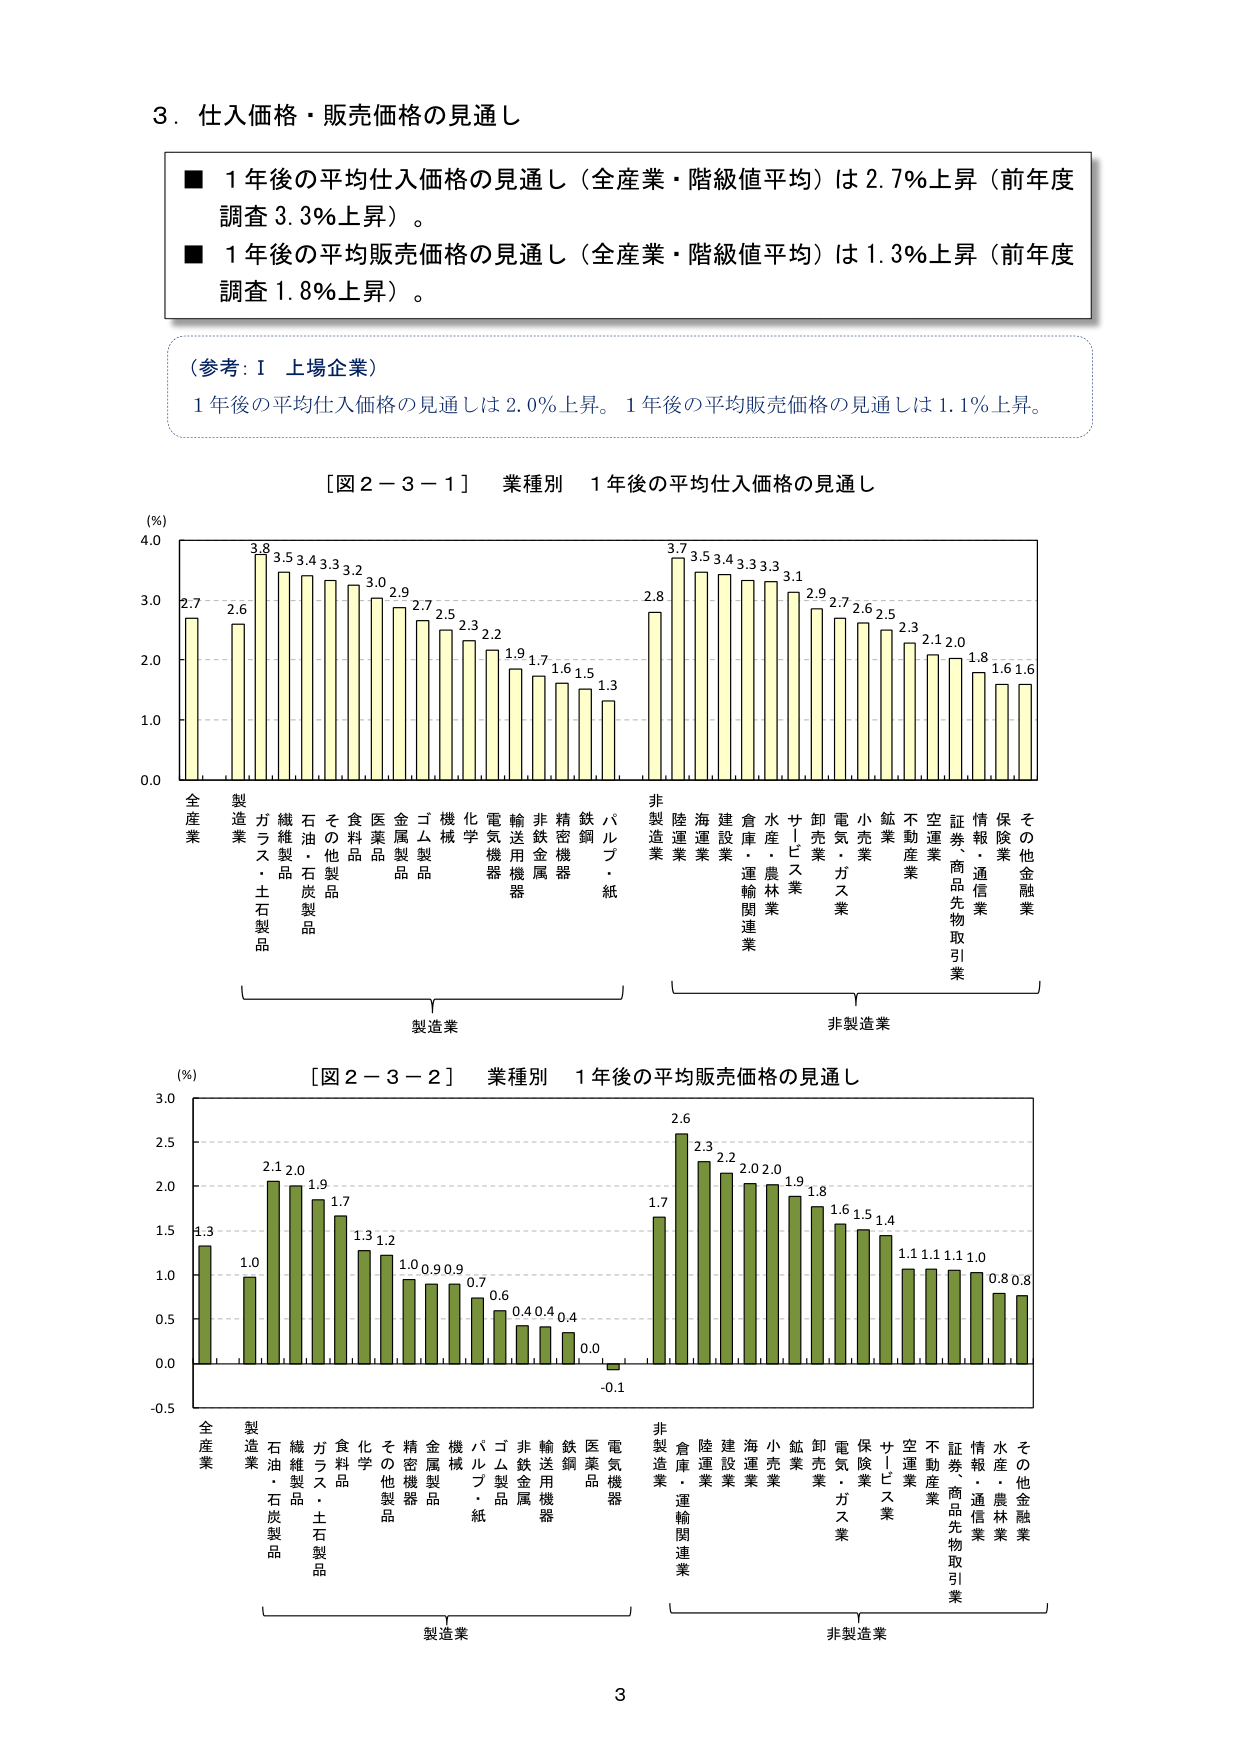
3．仕入価格・販売価格の見通し

■ 1年後の平均仕入価格の見通し（全産業・階級値平均）は2.7％上昇（前年度調査3.3％上昇）。
■ 1年後の平均販売価格の見通し（全産業・階級値平均）は1.3％上昇（前年度調査1.8％上昇）。

（参考：Ⅰ 上場企業）
1年後の平均仕入価格の見通しは2.0％上昇。1年後の平均販売価格の見通しは1.1％上昇。

［図2－3－1］ 業種別 1年後の平均仕入価格の見通し
(％)
4.0
3.8 3.5 3.4 3.3 3.2 3.0 2.9 2.7 2.5 2.3 2.2 1.9 1.7 1.6 1.5 1.3
2.7 2.6
3.7 3.5 3.4 3.3 3.3 3.1 2.9 2.7 2.6 2.5 2.3 2.1 2.0 1.8 1.6 1.6
2.8
0.0
1.0
2.0
3.0
全産業
製造業
ガラス・土石製品
繊維製品
石油・石炭製品
その他製品
食料品
医薬品
金属製品
ゴム製品
機械
化学
電気機器
輸送用機器
非鉄金属
精密機器
鉄鋼
パルプ・紙
非製造業
陸運業
海運業
建設業
倉庫・運輸関連業
水産・農林業
サービス業
卸売業
電気・ガス業
小売業
鉱業
不動産業
空運業
証券、商品先物取引業
情報・通信業
保険業
その他金融業
製造業
非製造業

［図2－3－2］ 業種別 1年後の平均販売価格の見通し
(％)
3.0
2.6
2.3
2.2
2.0
2.0
1.9
1.8
1.7
1.6
1.5
1.4
1.1
1.1
1.1
1.0
0.8
0.8
-0.1
0.0
0.4
0.4
0.6
0.7
0.9
0.9
1.0
1.2
1.3
1.7
1.9
2.0
2.1
1.3
1.0
-0.5
0.0
0.5
1.0
1.5
2.0
2.5
全産業
製造業
石油・石炭製品
繊維製品
ガラス・土石製品
食料品
化学
その他製品
精密機器
金属製品
機械
パルプ・紙
ゴム製品
非鉄金属
輸送用機器
鉄鋼
医薬品
電気機器
非製造業
倉庫・運輸関連業
陸運業
建設業
海運業
小売業
鉱業
卸売業
電気・ガス業
保険業
サービス業
空運業
不動産業
証券、商品先物取引業
情報・通信業
水産・農林業
その他金融業
製造業
非製造業

3